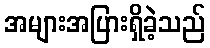
အများအပြားရှိခဲ့သည်